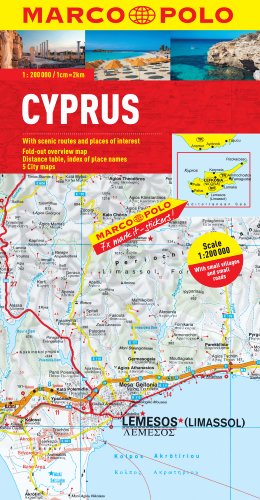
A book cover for Cyprus Marco Polo Map (Marco Polo Maps); Marco Polo Travel; Travel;